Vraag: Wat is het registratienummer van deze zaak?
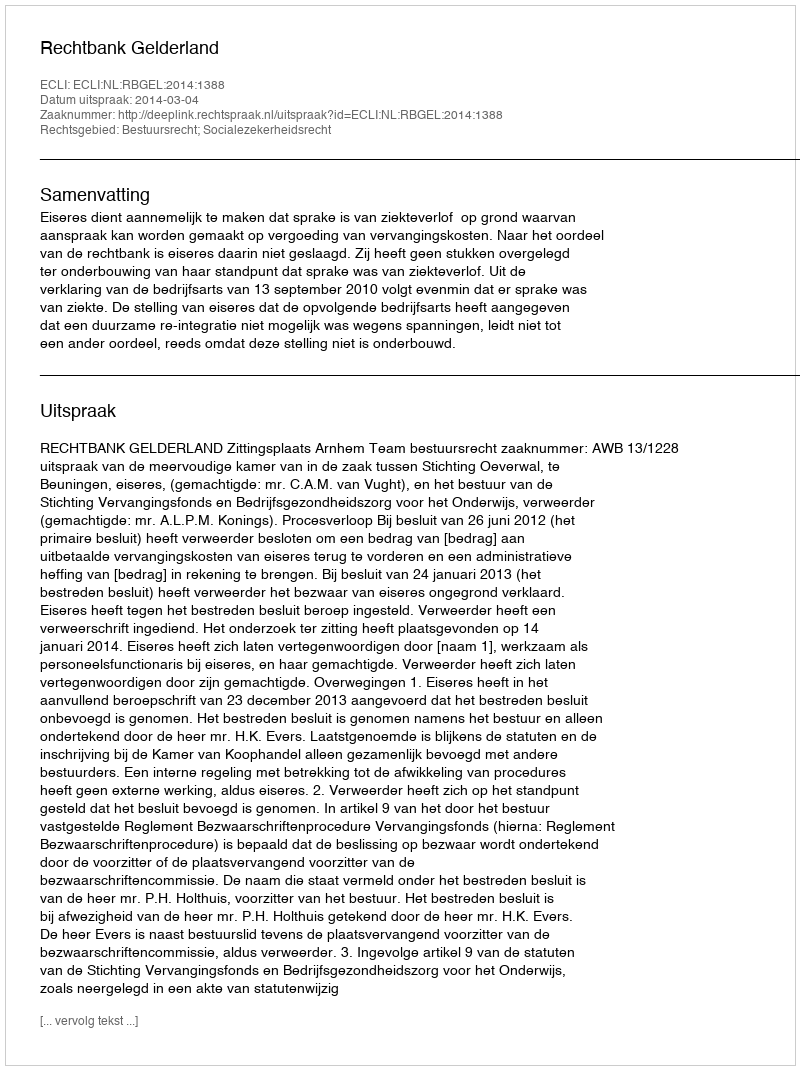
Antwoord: http://deeplink.rechtspraak.nl/uitspraak?id=ECLI:NL:RBGEL:2014:1388